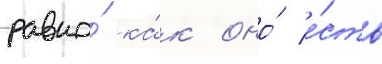
равно́ ка́к оно́ е́сть